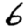
Digit: 6